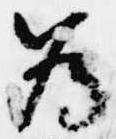
為